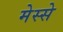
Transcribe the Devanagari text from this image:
मेस्से